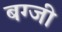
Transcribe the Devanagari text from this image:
बग्जी